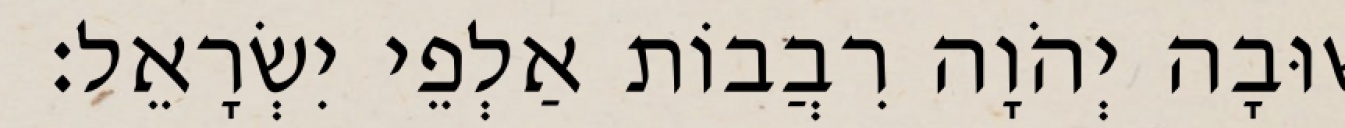
שׁוּבָה יְהֹוָה רִבֲבוֹת אַלְפֵי יִשְׂרָאֵל׃